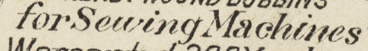
for Sewing Machines